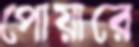
পোয়ারে